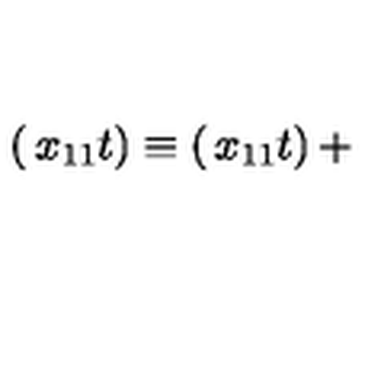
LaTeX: \left( \begin{matrix} { x _ { 1 1 } } \\ { t } \\ \end{matrix} \right) \equiv \left( \begin{matrix} { x _ { 1 1 } } \\ { t } \\ \end{matrix} \right) +